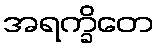
အရက္ခိတေ